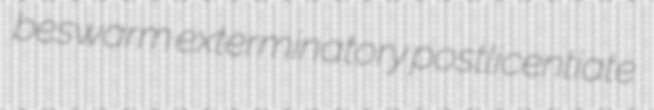
beswarm exterminatory postlicentiate